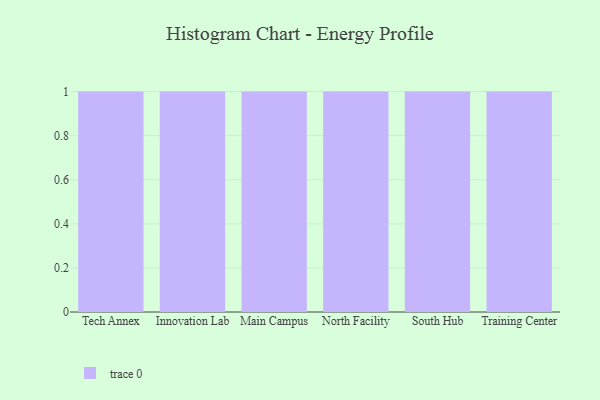
{"axis": {"x": "Campus", "y": "Revenue (USD Million)"}, "legend": [""], "data": [{"x": "Tech Annex", "y": 44, "type": ""}, {"x": "Innovation Lab", "y": 70, "type": ""}, {"x": "Main Campus", "y": 9, "type": ""}, {"x": "North Facility", "y": 88, "type": ""}, {"x": "South Hub", "y": 32, "type": ""}, {"x": "Training Center", "y": 65, "type": ""}]}